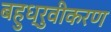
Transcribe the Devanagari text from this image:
बहुध्रुवीकरण